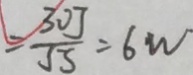
= \frac { 3 0 J } { 5 S } = 6 w